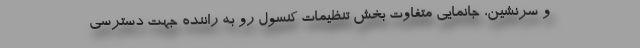
و سرنشین، جانمایی متفاوت بخش تنظیمات کنسول رو به راننده جهت دسترسی